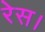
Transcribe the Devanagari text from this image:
रेस।